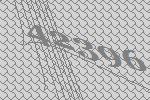
42396